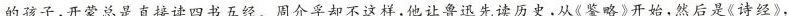
的孩子,开蒙总是直接读四书五经。周介孚却不这样,他让鲁迅先读历史,从《鉴略》开始，然后是《诗经》.